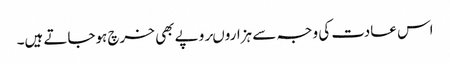
اس عادت کی وجہ سے ہزاروںروپے بھی خرچ ہوجاتے ہیں۔